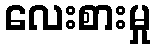
လေးစားမှု